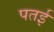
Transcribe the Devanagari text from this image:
पतई